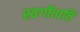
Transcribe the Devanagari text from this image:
स्वर्गोत्पत्ति